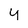
Character: y